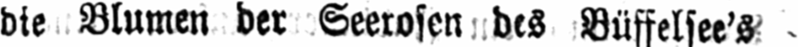
die Blumen der Seerosen des Büffelsee’s